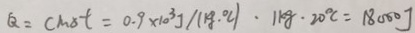
Q = c m o t = 0 . 9 \times 1 0 ^ { 3 } J / ( k g \cdot o l ) \cdot 1 k g \cdot 2 0 ^ { \circ } C = 1 8 0 0 0 J